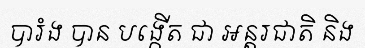
បារំង បាន បង្កើត ជា អន្តរជាតិ និង